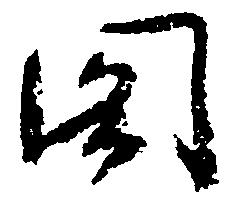
閣